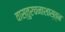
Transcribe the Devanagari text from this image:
वास्तुरचनाशास्त्न